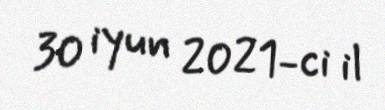
30 iyun 2021-ci il